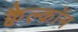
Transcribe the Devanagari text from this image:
क्वैल्कॉम